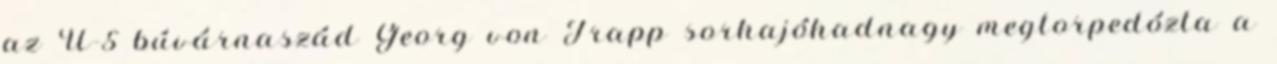
az U-5 búvárnaszád Georg von Trapp sorhajóhadnagy megtorpedózta a